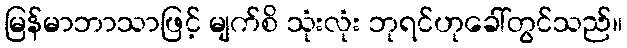
မြန်မာဘာသာဖြင့် မျက်စိ သုံးလုံး ဘုရင်ဟုခေါ်တွင်သည်။